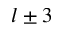
l \pm 3